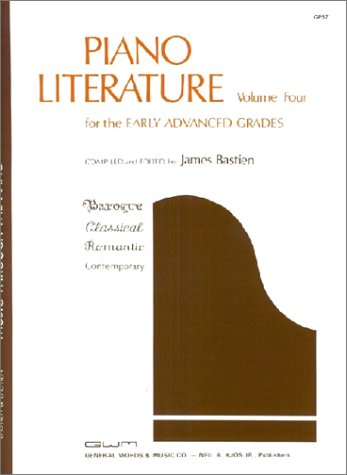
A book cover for GP57 - Bastien Piano Literature Volume 4 - Early Advanced Grades; James Bastien; Children's Books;